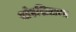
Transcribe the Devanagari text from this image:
स्प्रेडशिटाचा